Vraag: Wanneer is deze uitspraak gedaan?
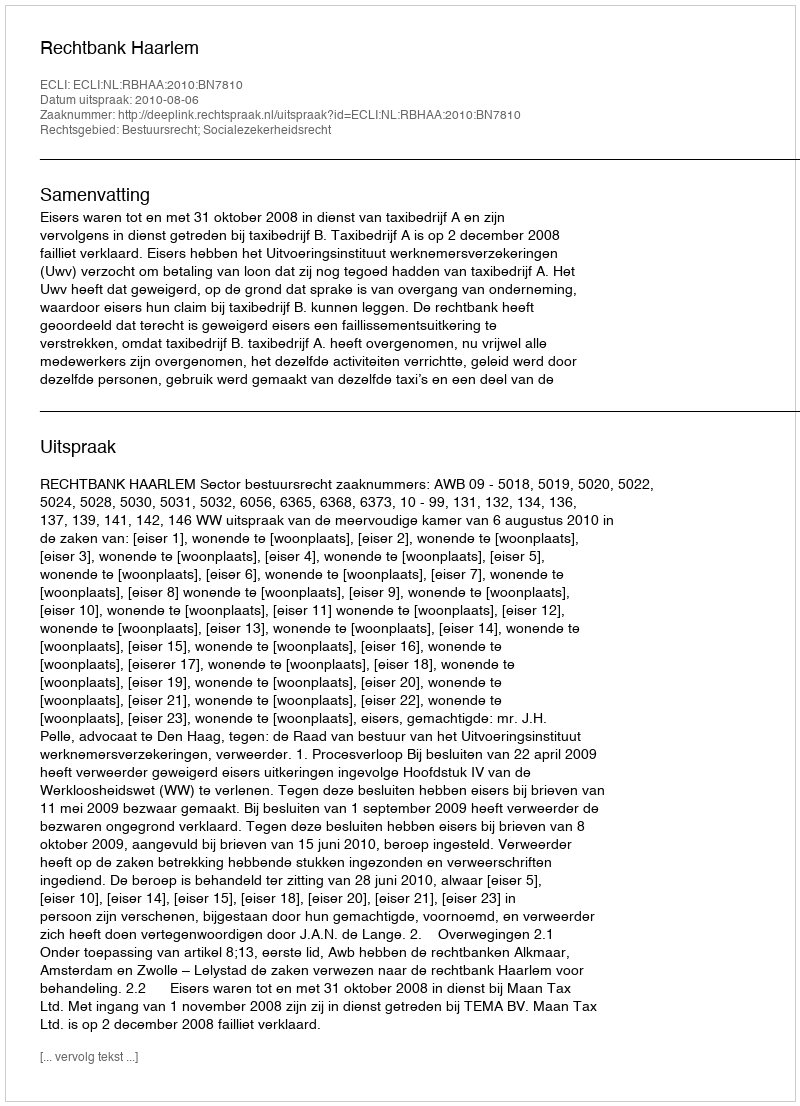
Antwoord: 2010-08-06